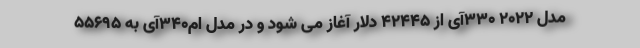
مدل 2022 330آی از 42445 دلار آغاز می شود و در مدل ام340آی به 55695